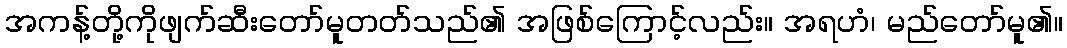
အကန့်တို့ကိုဖျက်ဆီးတော်မူတတ်သည်၏ အဖြစ်ကြောင့်လည်း။ အရဟံ၊ မည်တော်မူ၏။